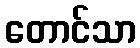
တောင်သာ